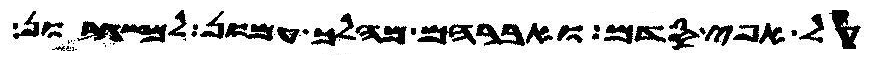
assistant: על אפי סדם ואברהם מהלך עמון למשגרון